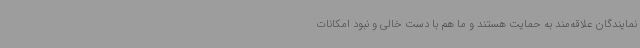
نمایندگان علاقه‌مند به حمایت هستند و ما هم با دست خالی و نبود امکانات